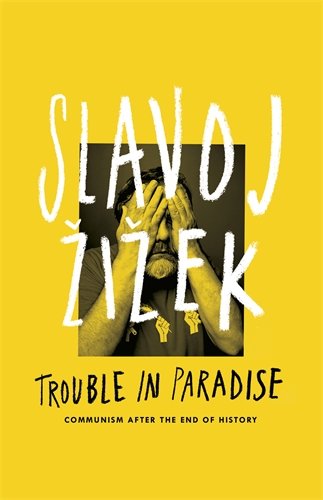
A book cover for Trouble in Paradise: Communism After The End Of History; Slavoj Zizek; Crafts, Hobbies & Home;